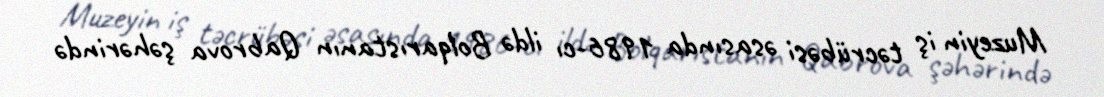
Muzeyin iş təcrübəsi əsasında 1986-cı ildə Bolqarıstanın Qabrova şəhərində